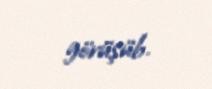
görüşüb.